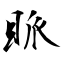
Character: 眽